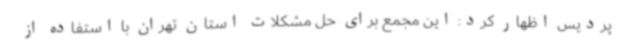
پردیس اظهار کرد: این مجمع برای حل مشکلات استان تهران با استفاده از